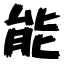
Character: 能